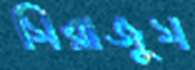
সিরাজুস